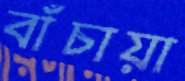
বাঁচায়া